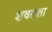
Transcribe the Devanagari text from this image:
शवलता